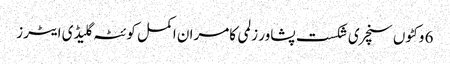
6 وکٹوں سنچری شکست پشاور زلمی کامران اکمل کوئٹہ گلیڈی ایٹرز